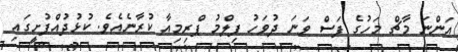
އަންނަ މާޗް މަހުގެ ފަސް ވަނަ ދުވަހު ފިލްމު ޕްރިމިއާ ކުރާނެއެވެ. ކުޅުދުއްފުށީގައި